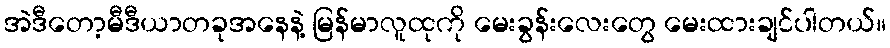
အဲဒီတော့မီဒီယာတခုအနေနဲ့ မြန်မာလူထုကို မေးခွန်းလေးတွေ မေးထားချင်ပါတယ်။